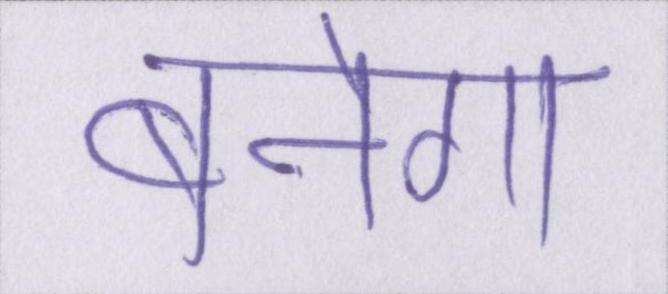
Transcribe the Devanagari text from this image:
बनेगा